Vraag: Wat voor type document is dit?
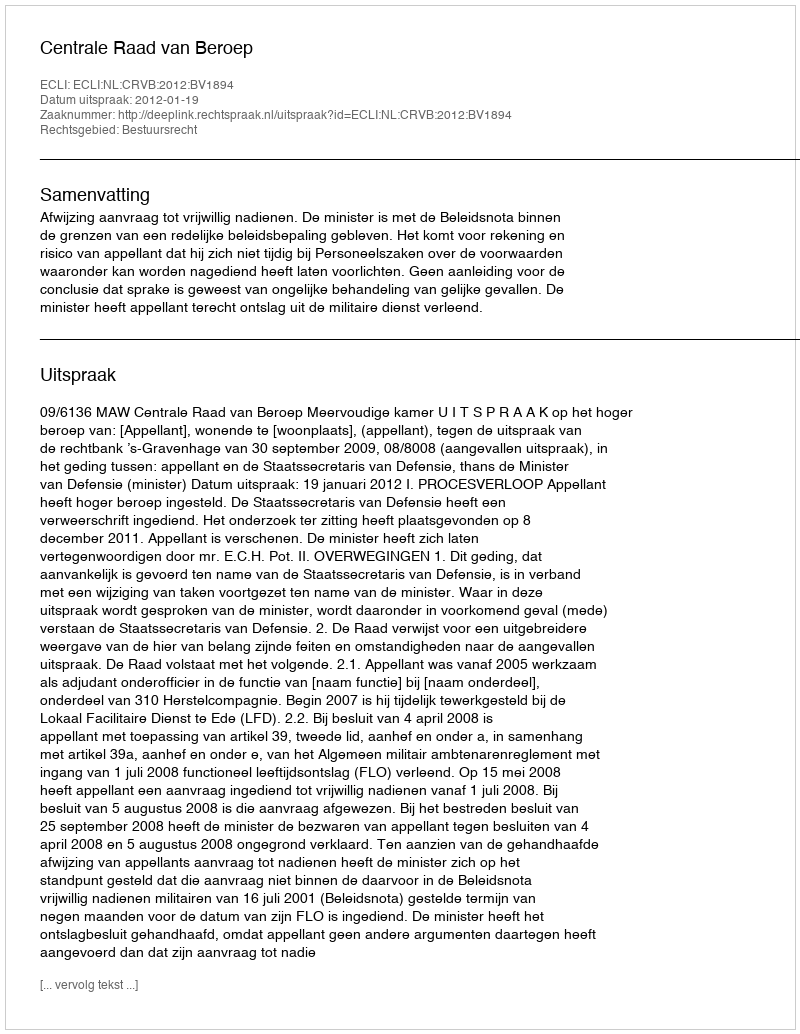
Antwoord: Uitspraak